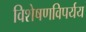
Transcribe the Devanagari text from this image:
विशेषणविपर्यय